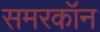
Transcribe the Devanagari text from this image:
समरकॉन